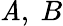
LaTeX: \mathit{A},\ B